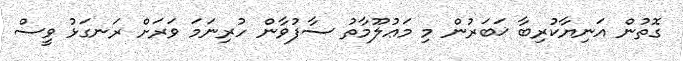
ގޮތުން އަނިޔާކުރިބާ ޚަބަރުން މި މަޢުލޫމާތު ސާފުވާން ހުރިނަމަ ވަރަށް ރަނގަޅު ވީސް